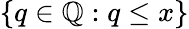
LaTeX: \{ q\in\mathbb{Q}:q\leq x\}